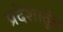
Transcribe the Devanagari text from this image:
प्रदेशातूंच